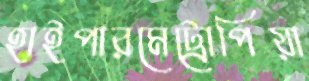
হাইপারমেট্রোপিয়া